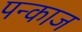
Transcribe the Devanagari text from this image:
पन्काज